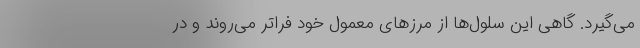
می‌گیرد. گاهی این سلول‌ها از مرزهای معمول خود فراتر می‌روند و در